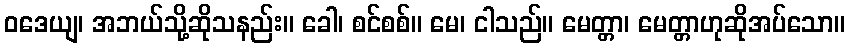
ဝဒေယျ၊ အဘယ်သို့ဆိုသနည်း။ ခေါ၊ စင်စစ်။ မေ၊ ငါသည်။ မေတ္တာ၊ မေတ္တာဟုဆိုအပ်သော။